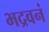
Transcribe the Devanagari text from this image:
भद्रवनं